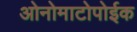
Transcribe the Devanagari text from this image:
ओनोमाटोपोईक